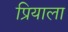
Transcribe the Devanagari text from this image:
प्रियाला